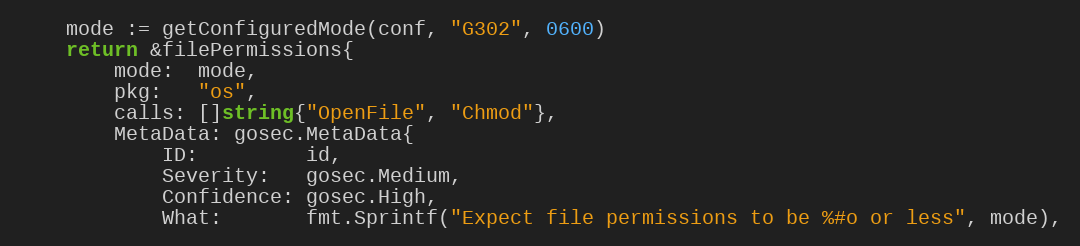
Language: Go
	mode := getConfiguredMode(conf, "G302", 0600)
	return &filePermissions{
		mode:  mode,
		pkg:   "os",
		calls: []string{"OpenFile", "Chmod"},
		MetaData: gosec.MetaData{
			ID:         id,
			Severity:   gosec.Medium,
			Confidence: gosec.High,
			What:       fmt.Sprintf("Expect file permissions to be %#o or less", mode),